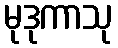
မုဒုကာသု